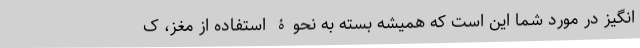
انگیز در مورد شما این است که همیشه بسته به نحوۀ استفاده از مغز، ک